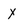
Character: X